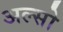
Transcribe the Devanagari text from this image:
अल्सो